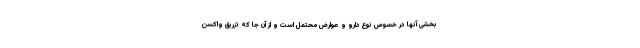
بخشی آنها در خصوص نوع دارو و عوارض محتمل است و از آن جا که تزریق واکسن